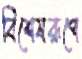
বিশেষরূপে